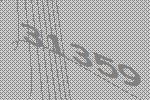
31359